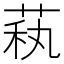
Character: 萟